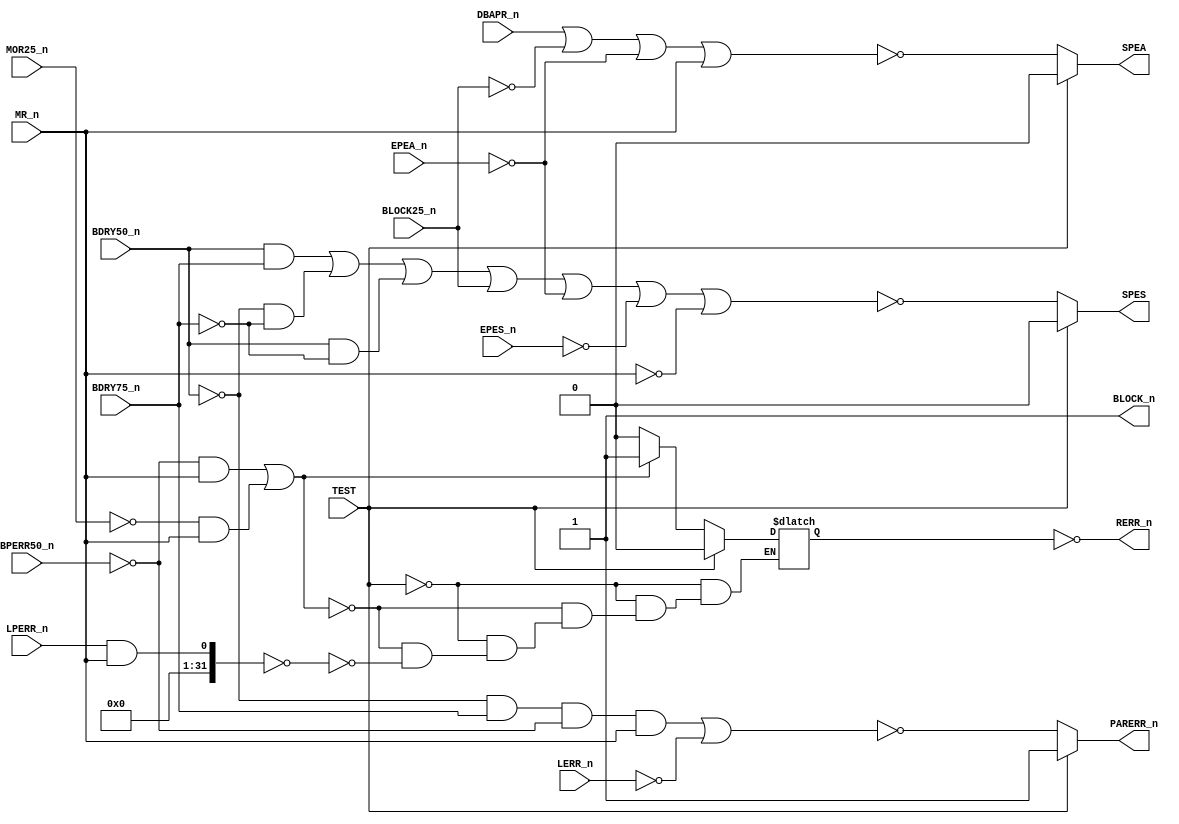
// PAL16L8
// JLB/CJTC 11AUG86
// 45001B, 8D, BPAR

// PCB 3202D sheet 6:
//

// PAL 16L8
// 10 INPUT only pins (I0-I9)
// 2 OUT only pins (Y0-Y1) and 6 IN or OUT pins (B0-B5)
//
// PAL16RL8 (https://rocelec.widen.net/view/pdf/c6dwcslffz/VANTS00080-1.pdf)



module PAL_45001B(

    input BDRY50_n,           // I0 - BDRY50_n  
    input BDRY75_n,           // I1 - BDRY75_n  
    input BLOCK25_n,          // I2 - BLOCK25_n 
    input BPERR50_n,          // I3 - BPERR50_n 
    input DBAPR_n,            // I4 - DBAPR_n   
    input MOR25_n,            // I5 - MOR25_n   
    input LPERR_n,            // I6 - LPERR_n   
    input MR_n,               // I7 - MR_n      
    input EPES_n,             // I8 - EPES_n    
    input EPEA_n,             // I9 - EPEA_n    
                              
                              
    output SPEA,              // Y0_n (OUT Only)      
    output SPES,              // Y1_n (OUT ONLY)      
                                                      
    output BLOCK_n,           // B0_n - BLOCK_n (out) 
    output PARERR_n,          // B1_n - PARERR_n (out)
    output RERR_n,            // B2_n                 
    //inout B3_n,             // B3_n - (n.c.)        
    input  TEST,              // B4_n - PD3           
    input  LERR_n             // B5_n                 
);                        


// Creating non-negated wires for active-low inputs
wire BDRY50 = ~BDRY50_n;
wire BDRY75 = ~BDRY75_n;
wire BLOCK25 = ~BLOCK25_n;
wire BPERR50 = ~BPERR50_n;
wire MOR25 = ~MOR25_n;
wire MR = ~MR_n;
wire EPES = ~EPES_n;
wire EPEA = ~EPEA_n;
wire LERR = ~LERR_n;



// STROBE PARITY ERROR STATUS WORD
assign SPES = TEST ? 1'b0 :
            ~(
                (BDRY50_n & BDRY75_n  ) 
              | (BDRY50   & BDRY75    ) 
              | (BDRY50_n & BDRY75    )
              | ( BLOCK25_n           )
              | ( EPEA                )
              | ( EPES                )
              | ( MR                  )
);

// STROBE PARITY ERROR ADDRESS
assign SPEA = TEST ? 1'b0 :
                ~(
                     ( DBAPR_n )
                   | ( BLOCK25 )
                   | ( EPEA    )
                   | ( MR_n    )
);

// PARITY ERROR SIGNALS FROM BUS AND LOCAL MEMORY
assign PARERR_n = TEST ? 1'b1 :
                ~(
                     (BDRY50 & BDRY75_n & BPERR50 & MR_n) 
                   | (LERR                           )
);


reg BLOCK_reg;
reg RERR_reg;

always @(*) begin
    // BLOCK SIGNAL FOR PES AND PEA STROBE - BLOCK ON ERROR, RELEASE ON PEA READ
    if (TEST) 
        BLOCK_reg = 1'b0;    
    else if ( ((BDRY50 & BDRY75_n & EPEA_n & EPES_n & MOR25 & MR_n)==1)  | ((BDRY50 & BDRY75_n & EPEA_n & EPES_n & BPERR50 & MR_n) == 1) )
            BLOCK_reg = 1'b1;
    else if ((EPEA_n & MR_n)== 0);
            BLOCK_reg = 0;

    // REMOTE ERROR - LAST ERROR WAS FROM MEMORY ATTACHED TO THE ND100 BUS
    // WILL BE OVERRIDEN BY AN ERROR FROM LOCAL MEMORY (PERR1 AND PERR0)
  if (TEST) 
        RERR_reg = 1'b0;    
  else if ((
                (BPERR50 & MR_n)  // SET REMOTE ERROR ON BUS PARITY ERROR)  
              | (MOR25 & MR_n)    // LOCAL ERROR HAS PRIORITY
    ) == 1)
    RERR_reg = 1;
  else if ((LPERR_n & MR_n) == 0) // HOLD UNTIL A LOCAL MEMORY ERROR
    RERR_reg = 0;

end

assign BLOCK_n = ~BLOCK_reg;	
assign RERR_n = ~RERR_reg;


endmodule

/*
DESCRIPTION

; 260387 CJTC: NEED TO USE DELAYED BAPR (DBAPR) INSTEAD OF /BAPR IN
;       PRODUCING SPEA. POLARITY CHANGE.

; 260387 JLB: BLOCK SIGNAL MUST NOT BE PRODUCED ON LOCAL MEMORY ERROR.
; IT WILL ONLY BE UNLOCKED ON PEA READ FROM REMOTE ERROR PEA.
; 260387 JLB: PERR HANDLING CHANGED.
; 070487 JLB: RERR MUST LATCH UP ON MOR ALSO.

; 180587 M3202B
; 090887 B JLB: TEST MODE FOR C-PRINT.

*/